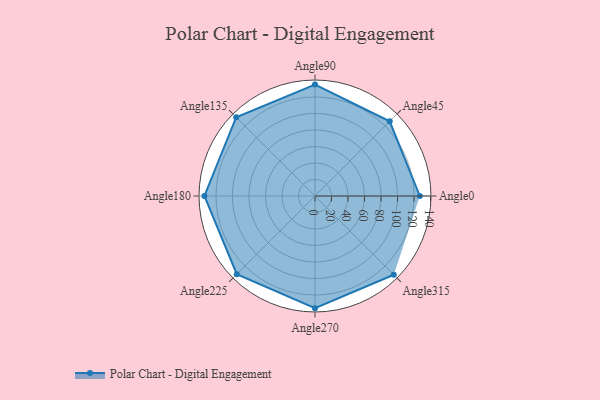
{"axis": {"x": "Angle", "y": "Radius"}, "legend": [""], "data": [{"x": "Angle0", "y": 127.0, "type": ""}, {"x": "Angle45", "y": 128.0, "type": ""}, {"x": "Angle90", "y": 135.0, "type": ""}, {"x": "Angle135", "y": 135.0, "type": ""}, {"x": "Angle180", "y": 134.0, "type": ""}, {"x": "Angle225", "y": 134.0, "type": ""}, {"x": "Angle270", "y": 136.0, "type": ""}, {"x": "Angle315", "y": 135.0, "type": ""}]}